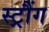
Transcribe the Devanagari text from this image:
स्ट्रौंग